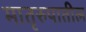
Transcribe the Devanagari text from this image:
मातृरुपातील